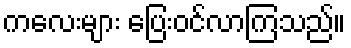
ကလေးများ ပြေးဝင်လာကြသည်။